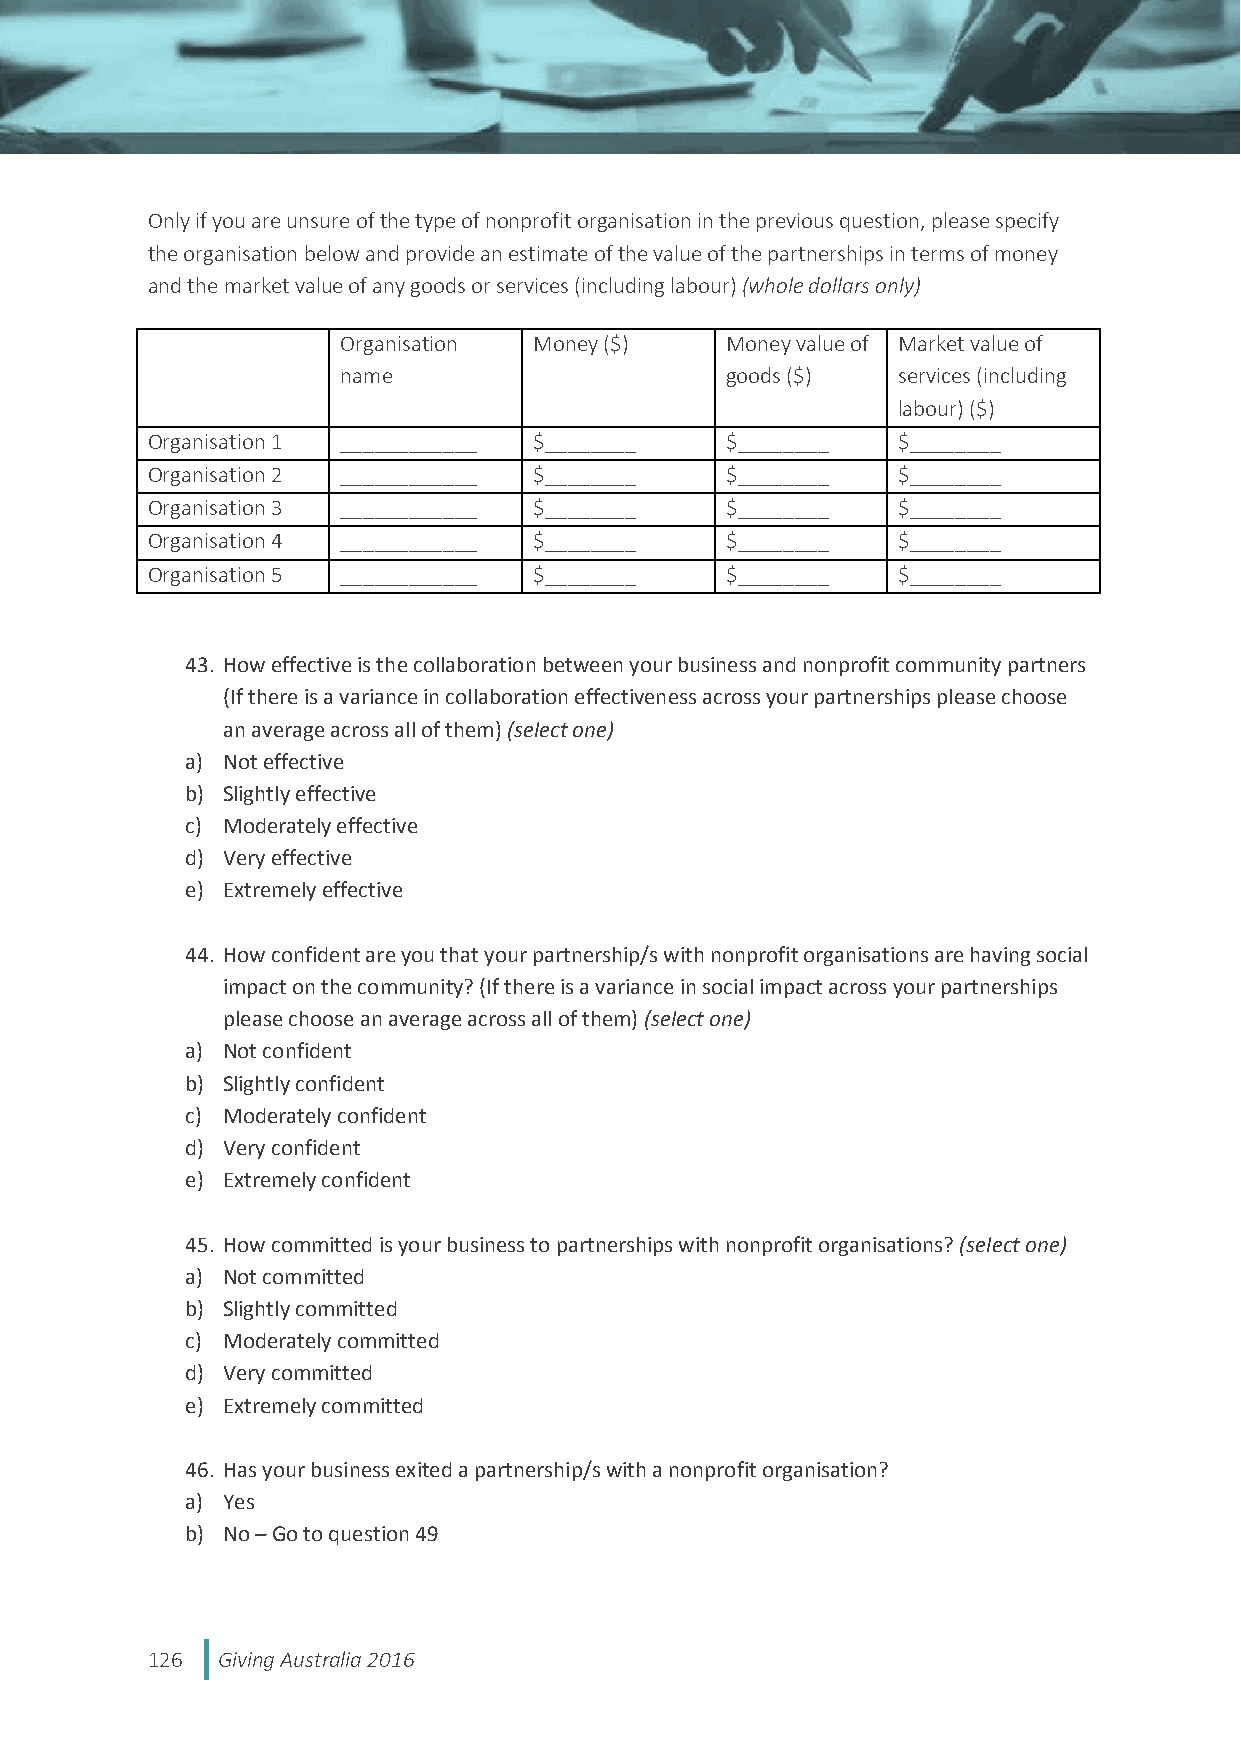
Only if you are unsure of the type of nonprofit organisation in the previous question, please specify
 the organisation below and provide an estimate of the value of the partnerships in terms of money
 and the market value of any goods or services (including labour) (whole dollars only)
 Organisation Money ($)   Money value of Market value of
 name                     goods ($)  services (including
 labour) ($)
 Organisation 1 ____________ $________ $________  $________
 Organisation 2 ____________ $________ $________  $________
 Organisation 3 ____________ $________ $________  $________
 Organisation 4 ____________ $________ $________  $________
 Organisation 5 ____________ $________ $________  $________
 43. How effective is the collaboration between your business and nonprofit community partners
 (If there is a variance in collaboration effectiveness across your partnerships please choose
 an average across all of them) (select one)
 a) Not effective
 b) Slightly effective
 c) Moderately effective
 d) Very effective
 e) Extremely effective
 44. How confident are you that your partnership/s with nonprofit organisations are having social
 impact on the community? (If there is a variance in social impact across your partnerships
 please choose an average across all of them) (select one)
 a) Not confident
 b) Slightly confident
 c) Moderately confident
 d) Very confident
 e) Extremely confident
 45. How committed is your business to partnerships with nonprofit organisations? (select one)
 a) Not committed
 b) Slightly committed
 c) Moderately committed
 d) Very committed
 e) Extremely committed
 46. Has your business exited a partnership/s with a nonprofit organisation?
 a) Yes
 b) No – Go to question 49
 126 Giving Australia 2016